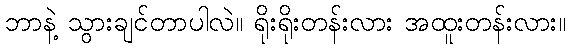
ဘာနဲ့ သွားချင်တာပါလဲ။ ရိုးရိုးတန်းလား အထူးတန်းလား။